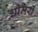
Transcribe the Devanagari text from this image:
धीमरों